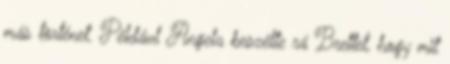
más történet. Például Angela beszélte rá Brettet, hogy mit